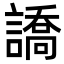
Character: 譑